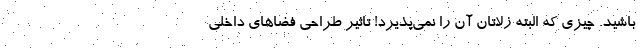
باشید. چیزی که البته زلاتان آن را نمی‌پذیرد! تاثیر طراحی فضاهای داخلی